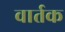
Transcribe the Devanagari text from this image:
वार्तक